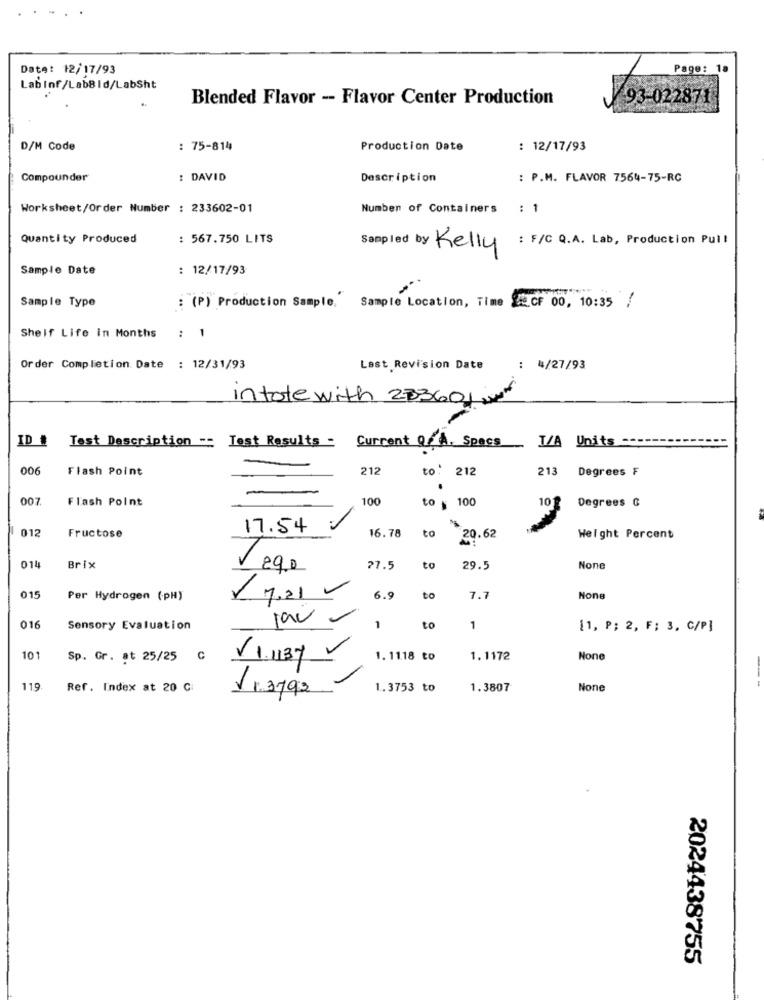
Date: 12/17/93
Page: 18
Lab Inf/Lab8 Id/LabSht
Blended Flavor - Flavor Center Production
93-022871
D/M Code
: 75-814
Production Date
: 12/17/93
Compounder
DAVID
Description
: P.M. FLAVOR 7564-75-RC
Worksheet/Order Number : 233602-01
Number of Containers : 1
Quantity Produced
: 567.750 LITS
Sampled by Kelly : F/C Q.A. Lab, Production Pull
Sample Date
: 12/17/93
Sample Type
: (P) Production Sample,
Sample Location, Time & CF 00, 10:35 /
Shelf Life in Months
: 1
Order Completion. Date : 12/31/93
Last Revision Date
: 4/27/93
intotewith 233601 .
ID #
Current Q. A. Spacs
I/A Units
Test Description -- Test Results -
006
Flash Point
212
to: 212
213
Degrees F
007
Flash Point
100
to : 100
Degrees G
10g
012
17.54
16.78
to
Fructose
20.62
Weight Percent
014
Brix
Jego
27.5
to
29.5
015
Per Hydrogen (PH)
. 7.21 -
6.9
to
7.7
016
Sensory Evaluation
1
to
1
[1, P; 2, F; 3, C/P]
101
Sp. Gr. at 25/25 C
V1.1137
1. 1118 to
1.1172
119
Ref. Index at 20 Ci
113/92
1.3753 to
1.3807
2024438755